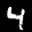
Label: 4